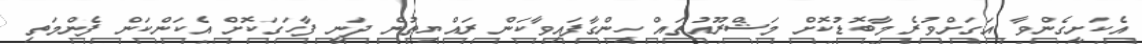
އެކަށީގެންވާ އަގަށްވުރެ މާބޮޑުކޮށް މަޝްރޫއުތައް ހިންގާފައިވާކަން ރައްޔިތުން ދަނީ ފާހަގަކޮށް އެކަންކަން ފެންމަތި